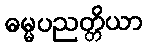
ဓမ္မပညတ္တိယာ